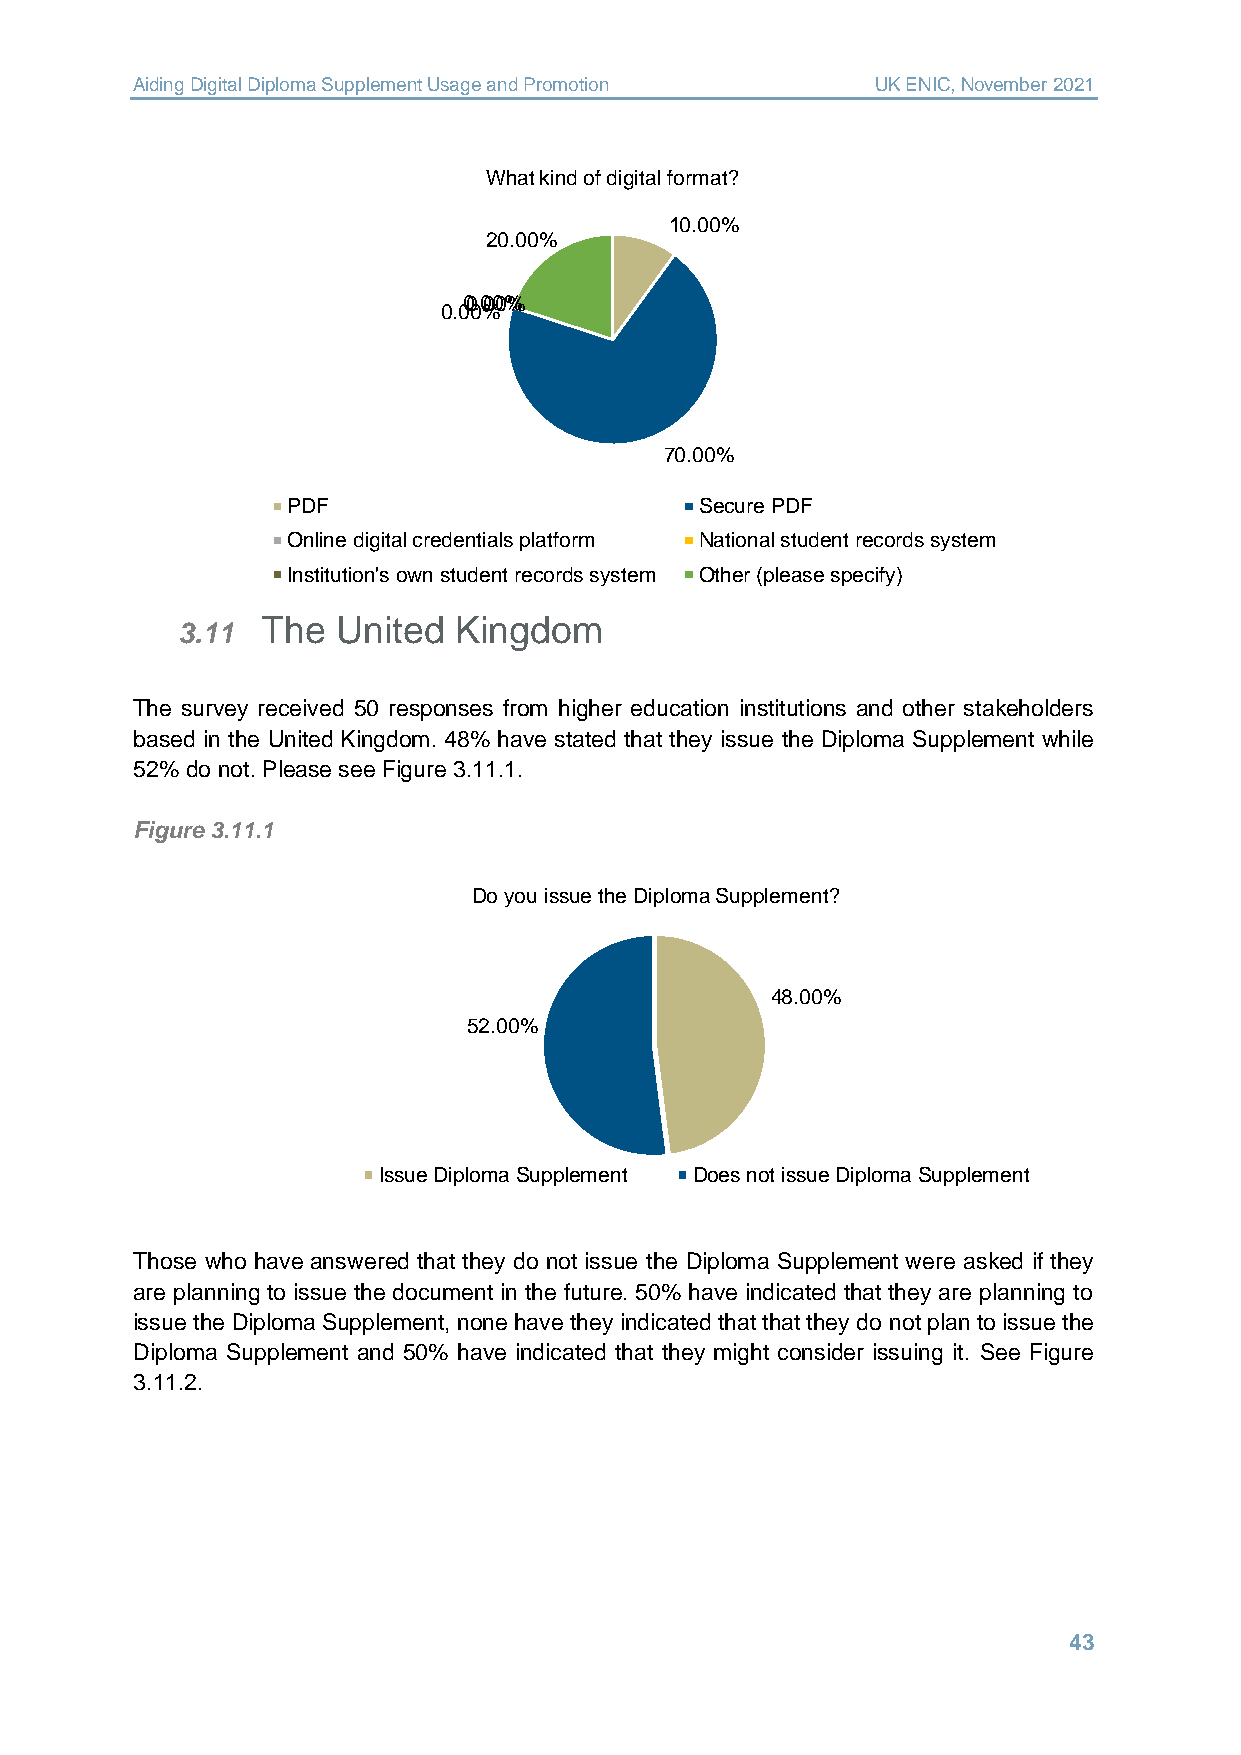
Aiding Digital Diploma Supplement Usage and Promotion UK ENIC, November 2021
 What kind of digital format?
 10.00%
 20.00%
 00..0000%%
 0.00%
 70.00%
 PDF                        Secure PDF
 Online digital credentials platform National student records system
 Institution's own student records system Other (please specify)
 The  United  Kingdom
 3.11
 The survey received 50 responses from higher education institutions and other stakeholders
 based in the United Kingdom. 48% have stated that they issue the Diploma Supplement while
 52% do not. Please see Figure 3.11.1.
 Figure 3.11.1
 Do you issue the Diploma Supplement?
 48.00%
 52.00%
 Issue Diploma Supplement Does not issue Diploma Supplement
 Those who have answered that they do not issue the Diploma Supplement were asked if they
 are planning to issue the document in the future. 50% have indicated that they are planning to
 issue the Diploma Supplement, none have they indicated that that they do not plan to issue the
 Diploma Supplement and 50% have indicated that they might consider issuing it. See Figure
 3.11.2.
 43